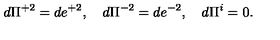
d \Pi ^ { + 2 } = d e ^ { + 2 } , \quad d \Pi ^ { - 2 } = d e ^ { - 2 } , \quad d \Pi ^ { i } = 0 .